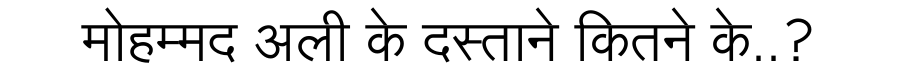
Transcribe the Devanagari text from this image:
मोहम्मद अली के दस्ताने कितने के..?